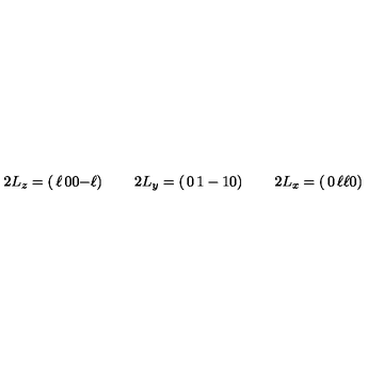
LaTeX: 2 L _ { z } = \left( \begin{matrix} { \ell } & { 0 } \\ { \noalign { \smallskip } 0 } & { - \ell } \\ \end{matrix} \right) \qquad 2 L _ { y } = \left( \begin{matrix} { 0 } & { 1 } \\ { \noalign { \smallskip } - 1 } & { 0 } \\ \end{matrix} \right) \qquad 2 L _ { x } = \left( \begin{matrix} { 0 } & { \ell } \\ { \noalign { \smallskip } \ell } & { 0 } \\ \end{matrix} \right)